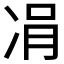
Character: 𠗓